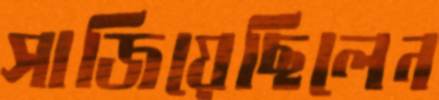
সাজিয়েছিলেন